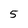
Character: 5